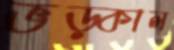
ভড়্‌কাল